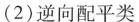
(2)逆向配平类